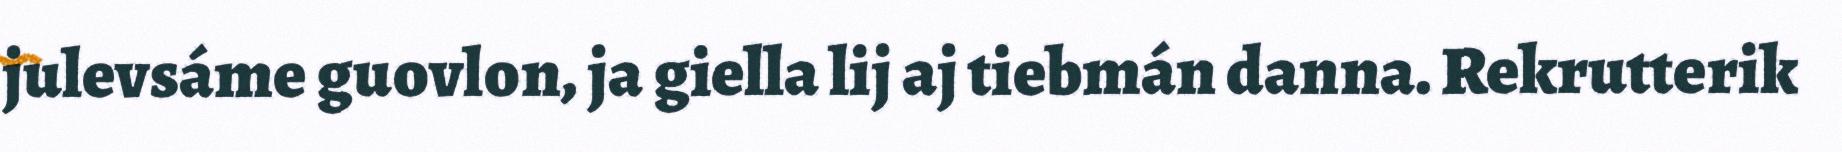
julevsáme guovlon, ja giella lij aj tiebmán danna. Rekrutterik